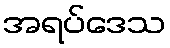
အရပ်ဒေသ